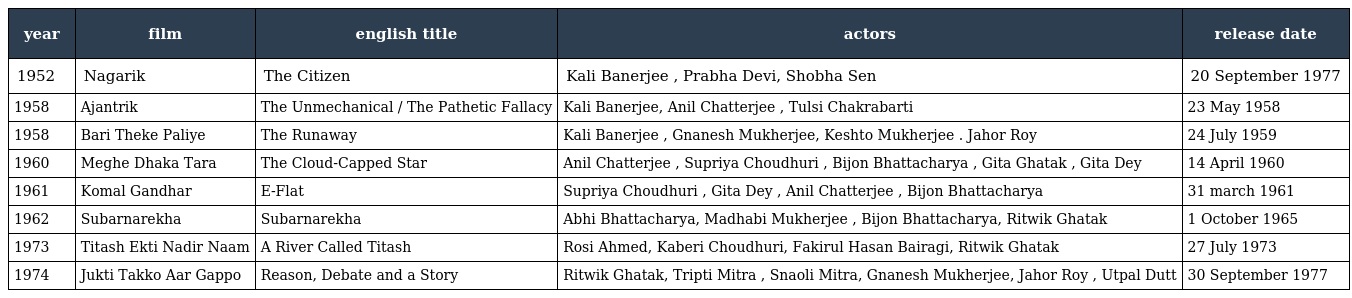
| year | film | english title | actors | release date |
 | --- | --- | --- | --- | --- |
 | 1952 | Nagarik | The Citizen | Kali Banerjee , Prabha Devi, Shobha Sen | 20 September 1977 |
 | 1958 | Ajantrik | The Unmechanical / The Pathetic Fallacy | Kali Banerjee, Anil Chatterjee , Tulsi Chakrabarti | 23 May 1958 |
 | 1958 | Bari Theke Paliye | The Runaway | Kali Banerjee , Gnanesh Mukherjee, Keshto Mukherjee . Jahor Roy | 24 July 1959 |
 | 1960 | Meghe Dhaka Tara | The Cloud-Capped Star | Anil Chatterjee , Supriya Choudhuri , Bijon Bhattacharya , Gita Ghatak , Gita Dey | 14 April 1960 |
 | 1961 | Komal Gandhar | E-Flat | Supriya Choudhuri , Gita Dey , Anil Chatterjee , Bijon Bhattacharya | 31 march 1961 |
 | 1962 | Subarnarekha | Subarnarekha | Abhi Bhattacharya, Madhabi Mukherjee , Bijon Bhattacharya, Ritwik Ghatak | 1 October 1965 |
 | 1973 | Titash Ekti Nadir Naam | A River Called Titash | Rosi Ahmed, Kaberi Choudhuri, Fakirul Hasan Bairagi, Ritwik Ghatak | 27 July 1973 |
 | 1974 | Jukti Takko Aar Gappo | Reason, Debate and a Story | Ritwik Ghatak, Tripti Mitra , Snaoli Mitra, Gnanesh Mukherjee, Jahor Roy , Utpal Dutt | 30 September 1977 |